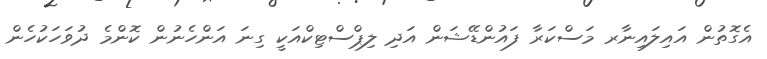
އެގޮތުން އައިލައިނާރ މަސްކަރާ ފައުންޑޭޝަން އަދި ލިޕްސްޓިކްއަކީ ގިނަ އަންހެނުން ކޮންމެ ދުވަހަކުހެން